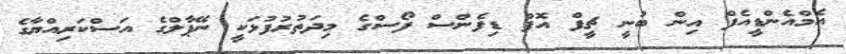
އެމްއެންޑީއެފް އިން ބުނީ ޗީފް އޮފް ޑިފެންސް ފޯސްގެ މިދަތުރުފުޅަކީ ނޭޕާލްގެ އަސްކަރިއްޔާގެ